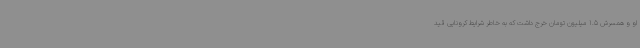
او و همسرش 1.5 میلیون تومان خرج داشت که به خاطر شرایط کرونایی قید